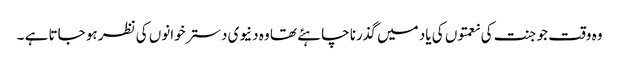
وہ وقت جو جنت کی نعمتوں کی یاد میں گذرنا چاہئے تھا وہ دنیوی دسترخوانوں کی نظر ہو جاتا ہے ۔